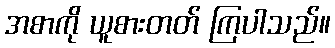
အစာကို ယူစားတတ် ကြပါသည်။